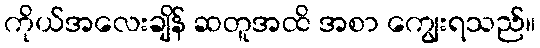
ကိုယ်အလေးချိန် ဆတူအထိ အစာ ကျွေးရသည်။